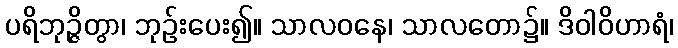
ပရိဘုဉ္ဇိတွာ၊ ဘုဉ်းပေး၍။ သာလဝနေ၊ သာလတော၌။ ဒိဝါဝိဟာရံ၊